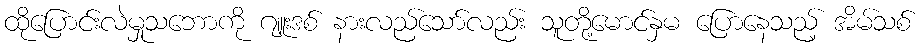
ထိုပြောင်းလဲမှုသဘောကို ဂျူးဒစ် နားလည်သော်လည်း သူတို့မောင်နှမ ပြောနေသည့် အိမ်သစ်